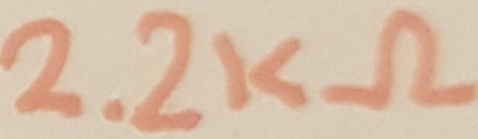
Text: 2.2kΩ